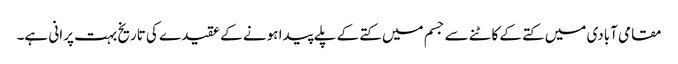
مقامی آبادی میں کتے کے کاٹنے سے جسم میں کتے کے پلے پیدا ہونے کے عقیدے کی تاریخ بہت پرانی ہے۔